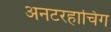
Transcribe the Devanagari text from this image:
अनटरहाचिंग